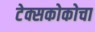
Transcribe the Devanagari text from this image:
टेक्सकोकोचा